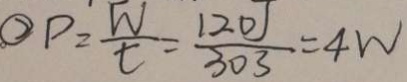
\textcircled { 2 } P = \frac { W } { t } = \frac { 1 2 0 J } { 3 0 s } = 4 W